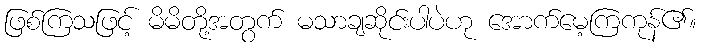
ဖြစ်ကြသဖြင့် မိမိတို့အတွက် မသာချဆိုင်းပါပဲဟု အောက်မေ့ကြကုန်၏။